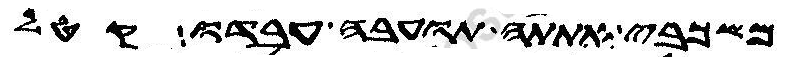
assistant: משכבי אתתה תועבה עבדו קטל